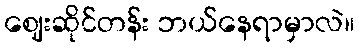
ဈေးဆိုင်တန်း ဘယ်နေရာမှာလဲ။